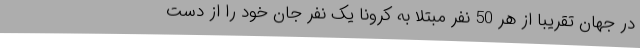
در جهان تقریبا از هر 50 نفر مبتلا به کرونا یک نفر جان خود را از دست